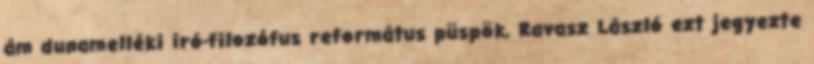
ám dunamelléki író-filozófus református püspök, Ravasz László ezt jegyezte